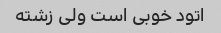
اتود خوبی است ولی زشته